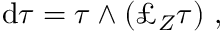
\mathrm { d } \tau = \tau \wedge ( \pounds _ { Z } \tau ) \ ,